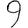
Digit: 9